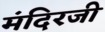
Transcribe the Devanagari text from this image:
मंदिरजी